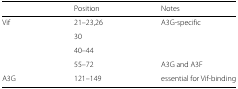
|  | Position | Notes |
 | --- | --- | --- |
 | Vif | 21–23,26 | A3G-specific |
 |  | 30 |  |
 |  | 40–44 |  |
 |  | 55–72 | A3G and A3F |
 | A3G | 121–149 | essential for Vif-binding |